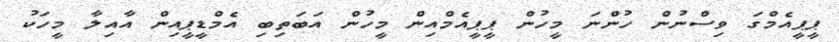
ޕީޕީއެމްގަ ވިސްނުން ހުންނަ މީހުން ޕީޕީއެމްއިން މީހުން އަބަތިބި އެމްޑީޕީއިން އާއިލާ މީހަކު